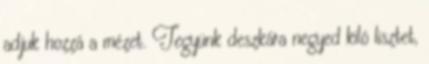
adjuk hozzá a mézet. Tegyünk deszkára negyed kiló lisztet,